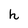
Character: h